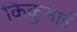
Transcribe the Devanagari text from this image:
किकुभाई